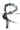
Text: R